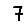
Digit: 7